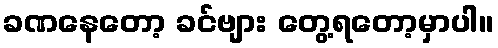
ခဏနေတော့ ခင်ဗျား တွေ့ရတော့မှာပါ။